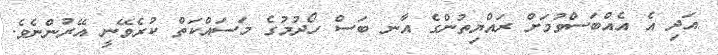
އަދި އެ އެއްބަސްވުމަށް ރައްޔިތުންގެ އާނ ބަސް ހޯދުމުގެ މަސައްކަތް ކުރެވޭނީ އޭރުންނެވެ.